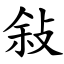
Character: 敍